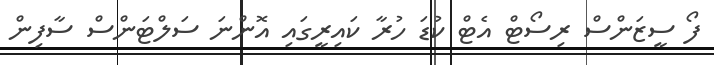
ފޯ ސީޒަންސް ރިސޯޓް އެޓް ކުޑަ ހުރާ ކައިރީގައި އޮންނަ ސަލްޓަންސް ސާފިން